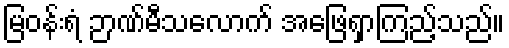
မြဝန်းရံ ဉာဏ်မီသလောက် အဖြေရှာကြည့်သည်။